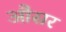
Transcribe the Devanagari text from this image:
औसर